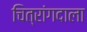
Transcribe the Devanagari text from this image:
चित्रांगदाला